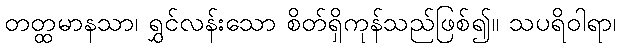
တတ္ထမာနသာ၊ ရွှင်လန်းသော စိတ်ရှိကုန်သည်ဖြစ်၍။ သပရိဝါရာ၊